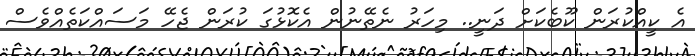
އެ ކީއްކުރަން ކޫބެކަށް ދަނީ.. މިހަރު ނެތޭނުން އެކޮޅުގަ ކުރަން ޖެހޭ މަސައްކަތެއްވެސް